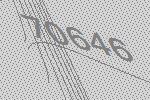
70646